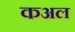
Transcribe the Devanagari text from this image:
कअल